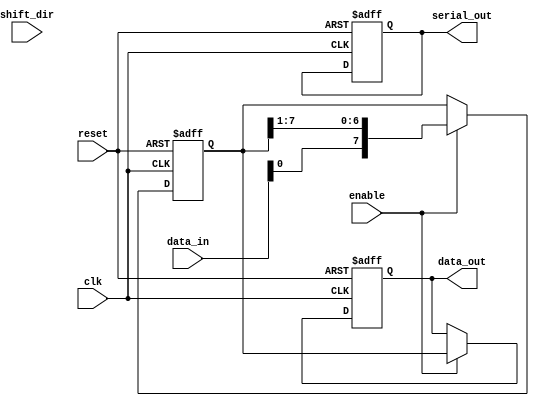
module parameterized_shift_register #(
    parameter DATA_WIDTH = 8,                  // Width of the shift register
    parameter MODE = "SIPO"                     // Operational mode: SIPO, PISO, or SHIFT
)(
    input wire clk,
    input wire reset,
    input wire [DATA_WIDTH-1:0] data_in,
    input wire shift_dir,                        // 0 for left, 1 for right
    input wire enable,
    output reg [DATA_WIDTH-1:0] data_out,       // For SIPO mode
    output reg serial_out                         // For PISO mode
);

    reg [DATA_WIDTH-1:0] shift_reg;              // Shift register storage

    always @(posedge clk or posedge reset) begin
        if (reset) begin
            shift_reg <= 0;                       // Clear shift register on reset
            data_out <= 0;                        // Clear outputs
            serial_out <= 0;
        end 
        else if (enable) begin
            case (MODE)
                
                "PISO": begin                     // Parallel-In Serial-Out Mode
                    if (shift_reg == 0) begin
                        shift_reg <= data_in;     // Load parallel data if shift_reg is empty
                        serial_out <= shift_reg[0]; // Initialize serial_out
                    end else begin
                        serial_out <= shift_reg[0]; // Shift out the LSB
                        shift_reg <= {1'b0, shift_reg[DATA_WIDTH-1:1]}; // Shift register left
                    end
                end
                
                "SIPO": begin                     // Serial-In Parallel-Out Mode
                    shift_reg <= {data_in[0], shift_reg[DATA_WIDTH-1:1]}; // Shift in new bit
                    data_out <= shift_reg;        // Update parallel outputs
                end
                
                "SHIFT": begin                    // Shift Mode
                    if (shift_dir) begin            // Right shift
                        shift_reg <= {1'b0, shift_reg[DATA_WIDTH-1:1]};
                    end else begin                  // Left shift
                        shift_reg <= {shift_reg[DATA_WIDTH-2:0], 1'b0};
                    end
                    data_out <= shift_reg;         // Update parallel outputs
                    serial_out <= shift_reg[0];    // Output the least significant bit
                end
                
                default: begin
                    shift_reg <= shift_reg;        // Hold state for undefined modes
                end
            endcase
        end
    end

endmodule